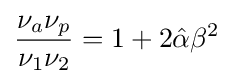
{\frac {\nu _{a}\nu _{p}}{\nu _{1}\nu _{2}}}=1+2{\hat {\alpha }}\beta ^{2}